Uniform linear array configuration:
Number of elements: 4
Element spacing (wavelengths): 0.25
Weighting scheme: exponential
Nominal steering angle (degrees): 60
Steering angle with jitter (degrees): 58.824
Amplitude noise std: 0.05
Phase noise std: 0.05

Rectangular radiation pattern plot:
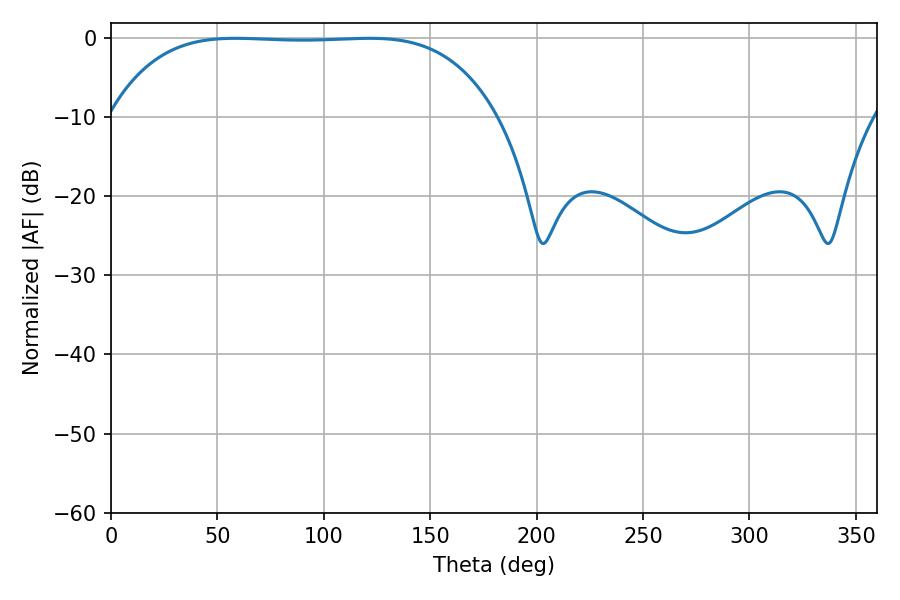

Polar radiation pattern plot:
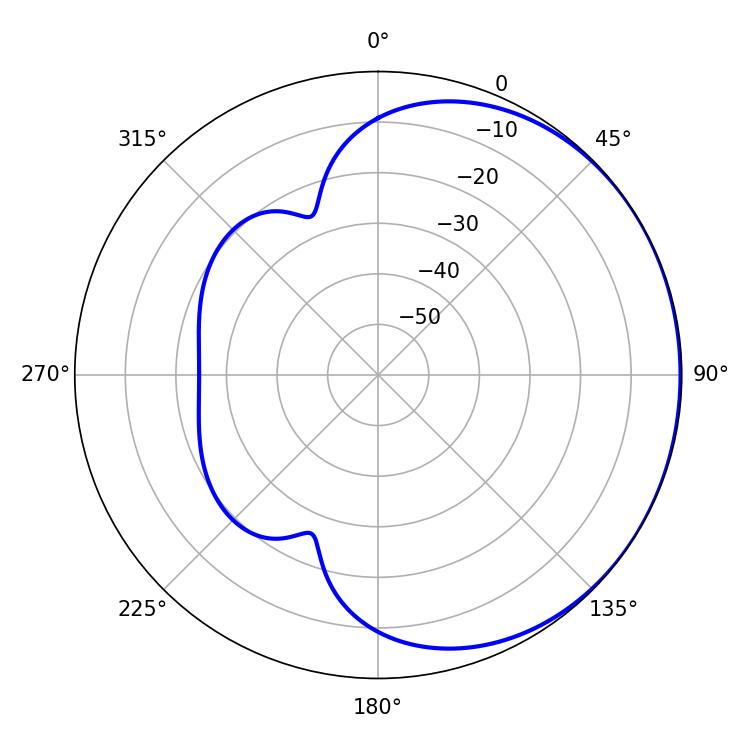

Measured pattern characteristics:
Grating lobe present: FALSE
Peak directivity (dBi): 0.5164
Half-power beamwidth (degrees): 141.12
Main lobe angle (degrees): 58.5